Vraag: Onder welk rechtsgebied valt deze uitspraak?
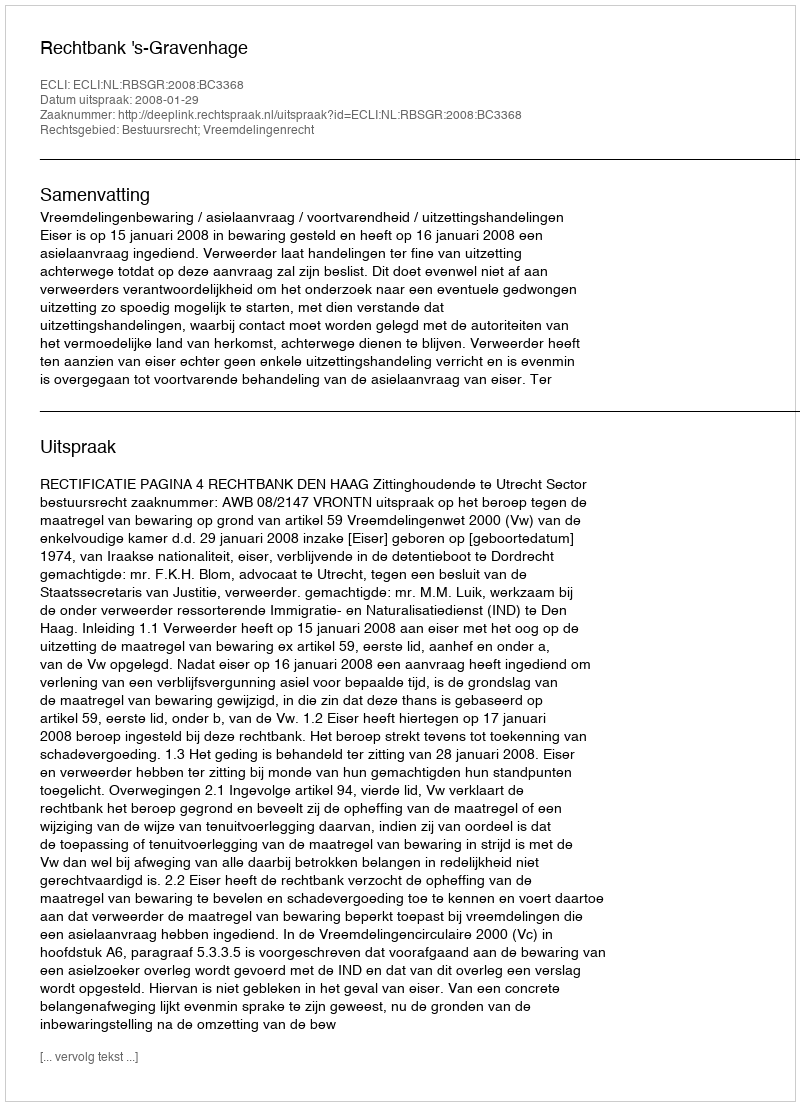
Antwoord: Bestuursrecht; Vreemdelingenrecht